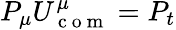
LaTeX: P_{\mu}U_{\mathrm{~c~o~m~}}^{\mu}=P_{t}